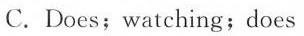
C. Does; watching; does